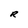
Character: R